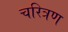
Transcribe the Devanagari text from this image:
चरित्रण